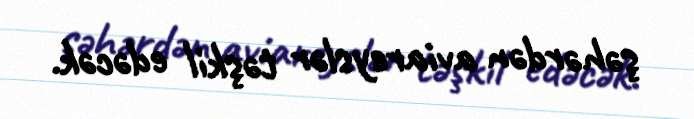
şəhərdən aviareyslər təşkil edəcək.